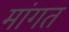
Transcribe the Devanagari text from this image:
मांगत